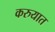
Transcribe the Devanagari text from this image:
करुयात